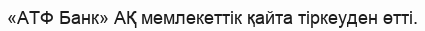
«АТФ Банк» АҚ мемлекеттік қайта тіркеуден өтті.